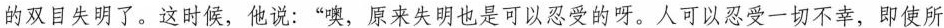
的双目失明了。这时候，他说：”噢，原来失明也是可以忍受的呀。人可以忍受一切不幸，即使所